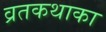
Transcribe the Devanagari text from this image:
व्रतकथाका